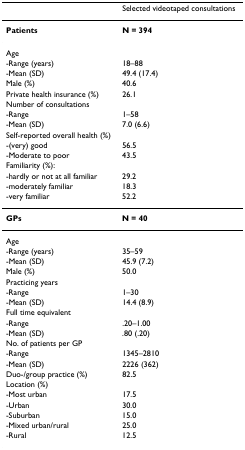
|  | Selected videotaped consultations |
 | --- | --- |
 | Patients | N = 394 |
 | Age |  |
 | -Range (years) | 18–88 |
 | -Mean (SD) | 49.4 (17.4) |
 | Male (%) | 40.6 |
 | Private health insurance (%) | 26.1 |
 | Number of consultations |  |
 | -Range | 1–58 |
 | -Mean (SD) | 7.0 (6.6) |
 | Self-reported overall health (%) |  |
 | -(very) good | 56.5 |
 | -Moderate to poor | 43.5 |
 | Familiarity (%): |  |
 | -hardly or not at all familiar | 29.2 |
 | -moderately familiar | 18.3 |
 | -very familiar | 52.2 |
 | GPs | N = 40 |
 | Age |  |
 | -Range (years) | 35–59 |
 | -Mean (SD) | 45.9 (7.2) |
 | Male (%) | 50.0 |
 | Practicing years |  |
 | -Range | 1–30 |
 | -Mean (SD) | 14.4 (8.9) |
 | Full time equivalent |  |
 | -Range | .20–1.00 |
 | -Mean (SD) | .80 (.20) |
 | No. of patients per GP |  |
 | -Range | 1345–2810 |
 | -Mean (SD) | 2226 (362) |
 | Duo-/group practice (%) | 82.5 |
 | Location (%) |  |
 | -Most urban | 17.5 |
 | -Urban | 30.0 |
 | -Suburban | 15.0 |
 | -Mixed urban/rural | 25.0 |
 | -Rural | 12.5 |